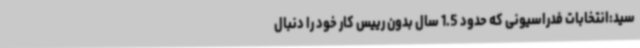
سید:انتخابات فدراسیونی که حدود 1.5 سال بدون رییس کار خود را دنبال